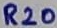
Text: R20